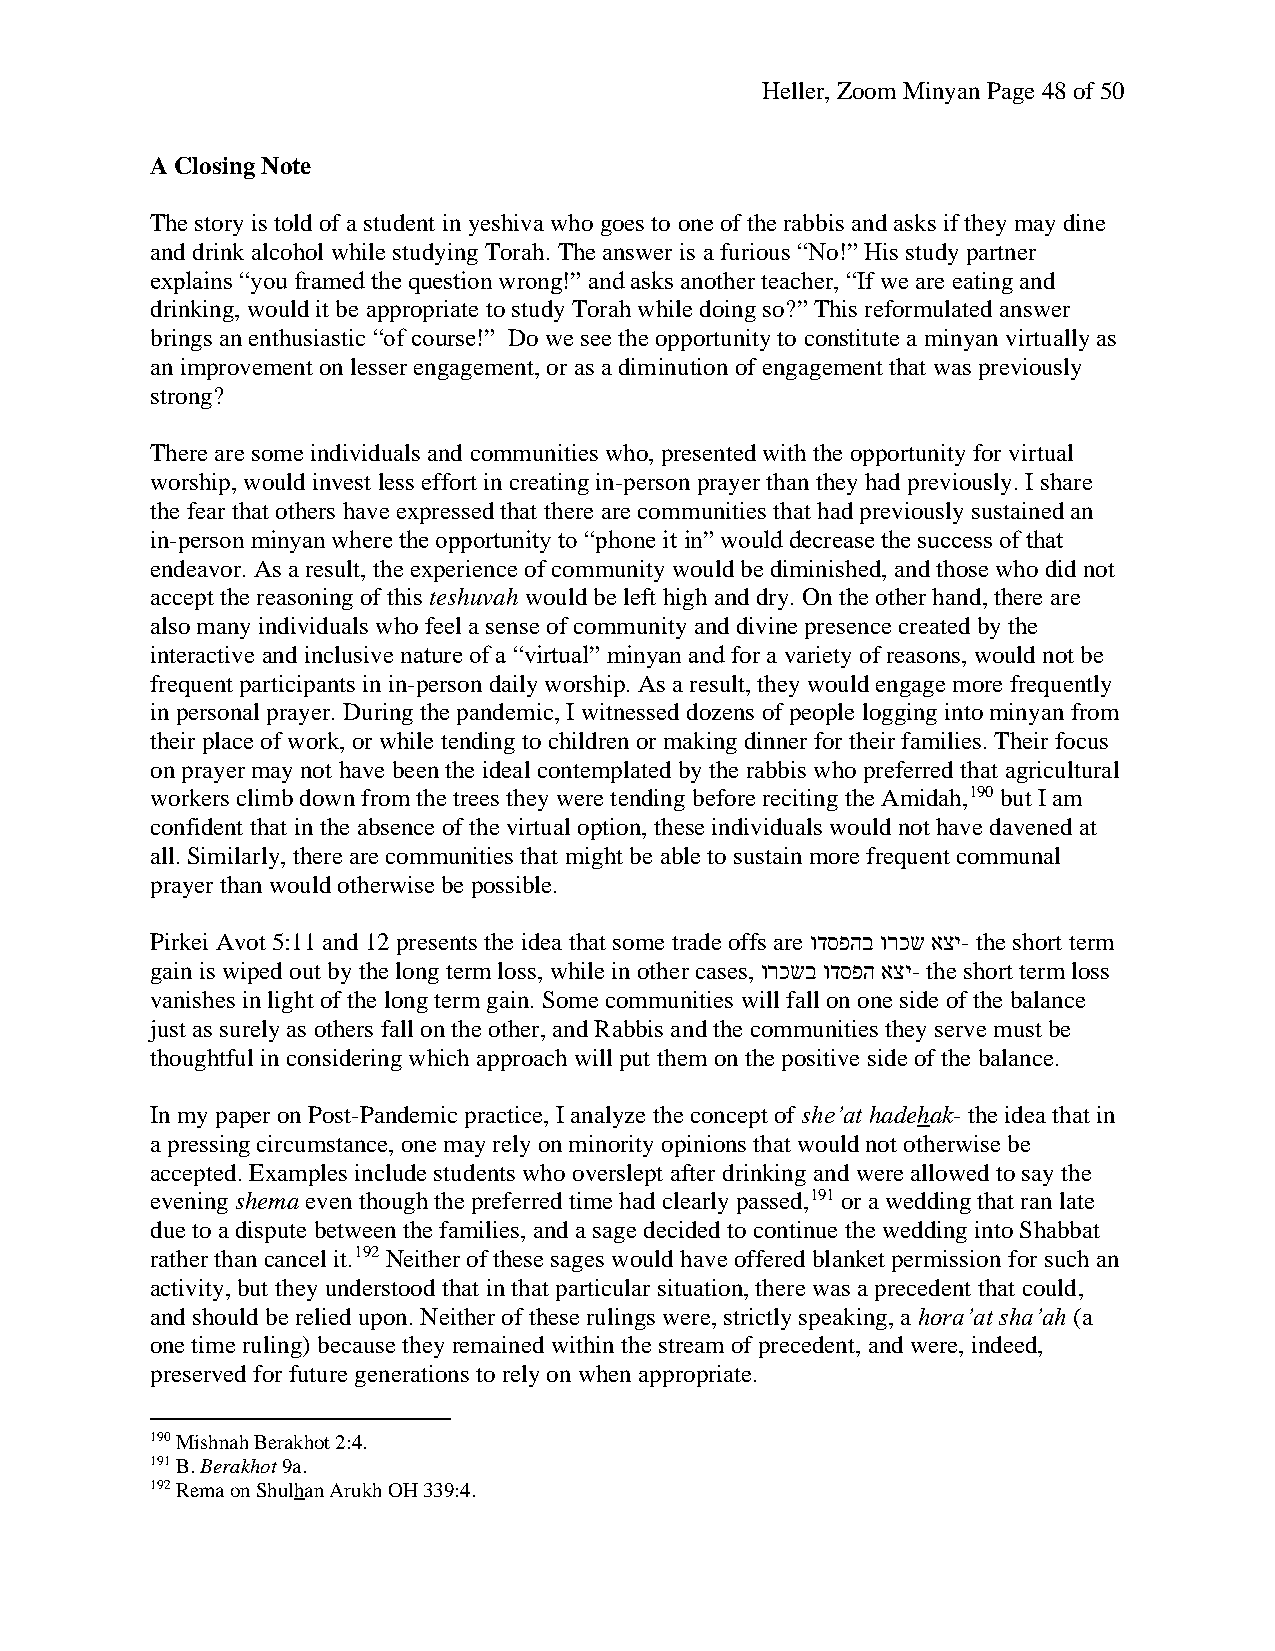
Heller, Zoom Minyan Page 48 of 50
 A Closing Note
 The story is told of a student in yeshiva who goes to one of the rabbis and asks if they may dine
 and drink alcohol while studying Torah. The answer is a furious “No!” His study partner
 explains “you framed the question wrong!” and asks another teacher, “If we are eating and
 drinking, would it be appropriate to study Torah while doing so?” This reformulated answer
 brings an enthusiastic “of course!” Do we see the opportunity to constitute a minyan virtually as
 an improvement on lesser engagement, or as a diminution of engagement that was previously
 strong?
 There are some individuals and communities who, presented with the opportunity for virtual
 worship, would invest less effort in creating in-person prayer than they had previously. I share
 the fear that others have expressed that there are communities that had previously sustained an
 in-person minyan where the opportunity to “phone it in” would decrease the success of that
 endeavor. As a result, the experience of community would be diminished, and those who did not
 accept the reasoning of this teshuvah would be left high and dry. On the other hand, there are
 also many individuals who feel a sense of community and divine presence created by the
 interactive and inclusive nature of a “virtual” minyan and for a variety of reasons, would not be
 frequent participants in in-person daily worship. As a result, they would engage more frequently
 in personal prayer. During the pandemic, I witnessed dozens of people logging into minyan from
 their place of work, or while tending to children or making dinner for their families. Their focus
 on prayer may not have been the ideal contemplated by the rabbis who preferred that agricultural
 workers climb down from the trees they were tending before reciting the Amidah,190 but I am
 confident that in the absence of the virtual option, these individuals would not have davened at
 all. Similarly, there are communities that might be able to sustain more frequent communal
 prayer than would otherwise be possible.
 Pirkei Avot 5:11 and 12 presents the idea that some trade offs are ודספהב ורכש אצי- the short term
 gain is wiped out by the long term loss, while in other cases, ורכשב ודספה אצי- the short term loss
 vanishes in light of the long term gain. Some communities will fall on one side of the balance
 just as surely as others fall on the other, and Rabbis and the communities they serve must be
 thoughtful in considering which approach will put them on the positive side of the balance.
 In my paper on Post-Pandemic practice, I analyze the concept of she’at hadehak- the idea that in
 a pressing circumstance, one may rely on minority opinions that would not otherwise be
 accepted. Examples include students who overslept after drinking and were allowed to say the
 evening shema even though the preferred time had clearly passed,191 or a wedding that ran late
 due to a dispute between the families, and a sage decided to continue the wedding into Shabbat
 rather than cancel it.192 Neither of these sages would have offered blanket permission for such an
 activity, but they understood that in that particular situation, there was a precedent that could,
 and should be relied upon. Neither of these rulings were, strictly speaking, a hora’at sha’ah (a
 one time ruling) because they remained within the stream of precedent, and were, indeed,
 preserved for future generations to rely on when appropriate.
 190 Mishnah Berakhot 2:4.
 191 B. Berakhot 9a.
 192 Rema on Shulhan Arukh OH 339:4.